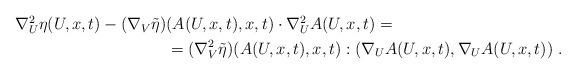
LaTeX: \begin{align*}\begin{aligned}\nabla^2_U \eta (U,x,t) - (\nabla_V \tilde{\eta} )& (A(U,x,t),x,t) \cdot \nabla^2_U A(U,x,t)= \\&=(\nabla_V^2 \tilde{\eta})(A(U,x,t),x,t) : ( \nabla_U A(U,x,t) , \nabla_U A(U,x,t) ) \;.\end{aligned}\end{align*}